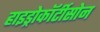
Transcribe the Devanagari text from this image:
हाइड्रोकॉर्टीसोन